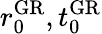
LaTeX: r_{0}^{\mathrm{GR}},t_{0}^{\mathrm{GR}}